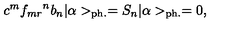
c ^ { m } { f _ { m r } } ^ { n } b _ { n } | \alpha > _ { \mathrm { p h . } } = S _ { n } | \alpha > _ { \mathrm { p h . } } = 0 ,